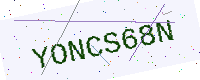
Text: YONCS68N